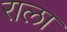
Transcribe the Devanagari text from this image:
राला